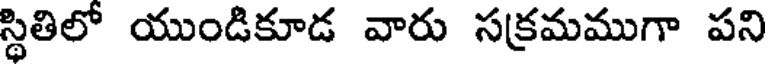
స్థితిలో యుండికూడ వారు సక్రమముగా పని